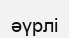
әүрлі